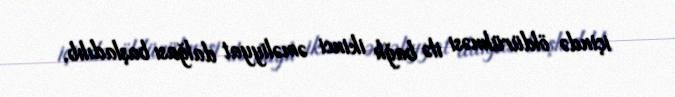
içində öldürülməsi ilə bağlı ikinci əməliyyat dalğası başladılıb.